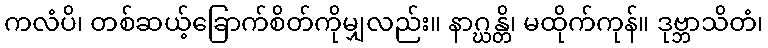
ကလံပိ၊ တစ်ဆယ့်ခြောက်စိတ်ကိုမျှလည်း။ နာဂ္ဃန္တိ၊ မထိုက်ကုန်။ ဒုဗ္ဘာသိတံ၊